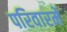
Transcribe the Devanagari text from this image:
परिवारमे